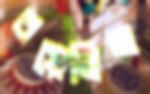
বয়েছিল